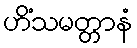
ဟိံသမတ္တာနံ